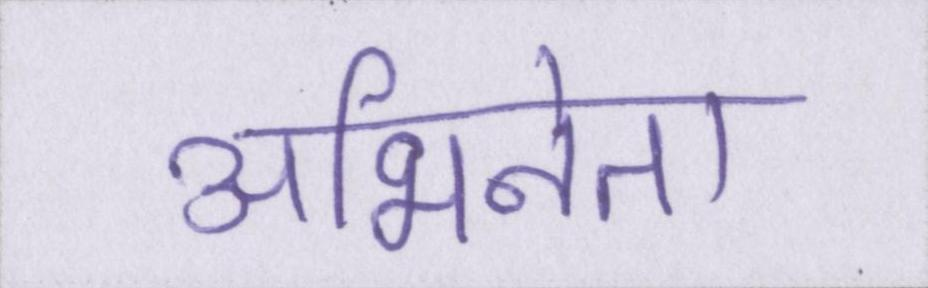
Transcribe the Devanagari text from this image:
अभिनेता